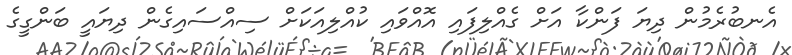
އެނބުރެމުން ދިޔަ ފަންކާ އަށް ގެއްލިފައި އޮއްވައި ކުއްލިއަކަށް ސިއްސައިގެން ދިޔައީ ބަންގީގެ